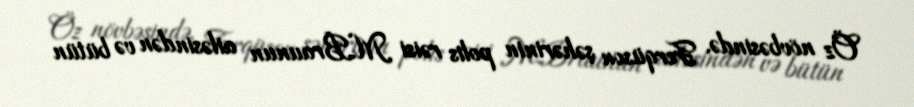
Öz növbəsində, Ferqüson şəhərinin polis rəisi M.Braunun ailəsindən və bütün